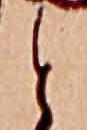
と